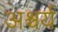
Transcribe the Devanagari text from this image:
अश्चर्य